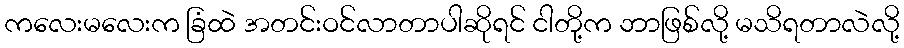
ကလေးမလေးက ခြံထဲ အတင်းဝင်လာတာပါဆိုရင် ငါတို့က ဘာဖြစ်လို့ မသိရတာလဲလို့